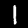
Label: 1